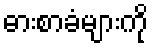
ဓားစာခံများကို